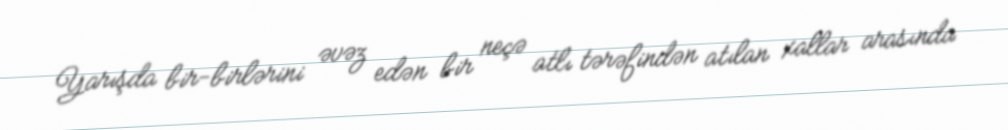
Yarışda bir-birlərini əvəz edən bir neçə atlı tərəfindən atılan xallar arasında